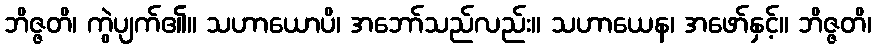
ဘိဇ္ဇတိ၊ ကွဲပျက်၏။ သဟာယောပိ၊ အဘော်သည်လည်း။ သဟာယေန၊ အဖော်နှင့်။ ဘိဇ္ဇတိ၊